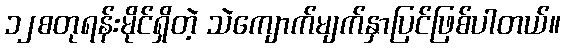
၁၂စတုရန်းမိုင်ရှိတဲ့ သဲကျောက်မျက်နှာပြင်ဖြစ်ပါတယ်။